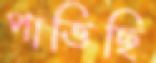
পাত্তিছি